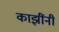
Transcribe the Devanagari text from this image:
काझींनी